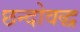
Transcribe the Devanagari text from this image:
छन्दोवद्ध